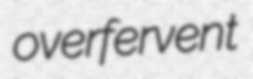
overfervent